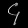
Digit: ၄